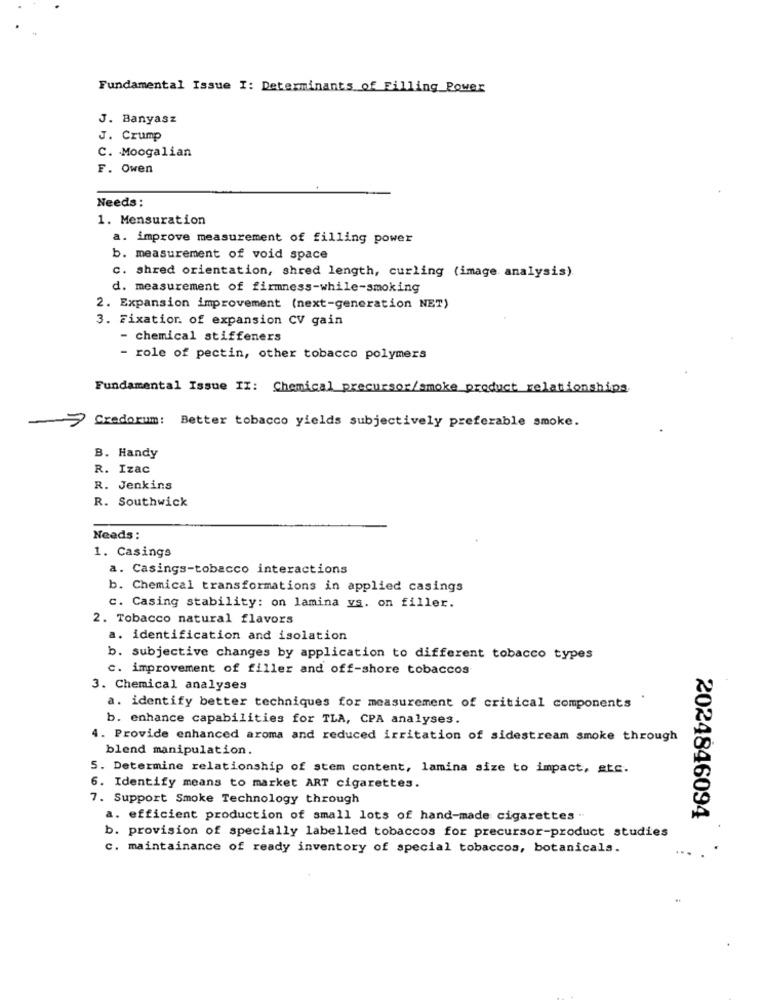
Fundamental Issue I: Determinants of Filling Power
J. Banyasz
J. Crump
C. Moogalian
F. Owen
Needs:
1. Mensuration
a. improve measurement of filling power
b. measurement of void space
c. shred orientation, shred length, curling (image analysis)
d. measurement of firmness-while-smoking
2. Expansion improvement (next-generation NET)
3. Fixation. of expansion CV gain
- chemical stiffeners
- role of pectin, other tobacco polymers
Fundamental Issue II: Chemical precursor/smoke product relationships.
Credorum:
Better tobacco yields subjectively preferable smoke.
B. Handy
R. Izac
R. Jenkins
R. Southwick
Needs:
1. Casings
a. Casings-tobacco interactions
b. Chemical transformations in applied casings
c. Casing stability: on lamina vs. on filler.
2. Tobacco natural flavors
a. identification and isolation
b. subjective changes by application to different tobacco types
c. improvement of filler and off-shore tobaccos
3. Chemical analyses
a. identify better techniques for measurement of critical components
b. enhance capabilities for TLA, CPA analyses.
4. Provide enhanced aroma and reduced irritation of sidestream smoke through
blend manipulation.
5. Determine relationship of stem content, lamina size to impact, etc.
6. Identify means to market ART cigarettes.
7. Support Smoke Technology through
a. efficient production of small lots of hand-made cigarettes -
2024846094
. provision of specially labelled tobaccos for precursor-product studies
C. maintainance of ready inventory of special tobaccos, botanicals.